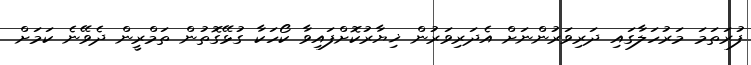
ފުރަތަމަ މަރުހަލާގައި ދަރިވަރުންނަށް އެދަރިވަރުން ޚިޔާރުކޮށްފައިވާ ކޯހަކާ ގުޅޭގޮތުން ތަމްރީން ދެވޭނެ ކަމަށް